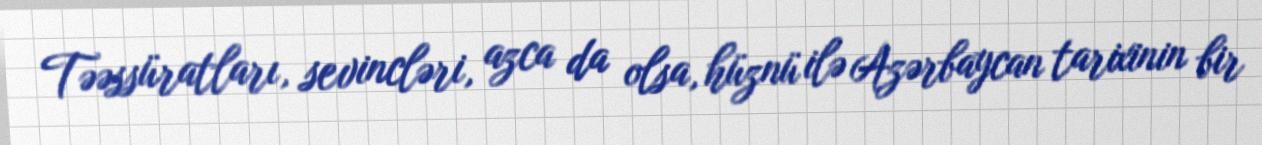
Təəssüratları, sevincləri, azca da olsa, hüznü ilə Azərbaycan tarixinin bir